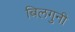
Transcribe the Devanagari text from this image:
बिलगुनी